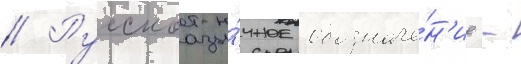
// Русскоазы́чное обозначе́н'ие -